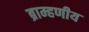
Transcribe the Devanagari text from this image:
ब्राम्हणीय